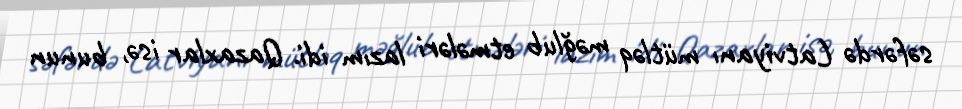
səfərdə Latviyanı mütləq məğlub etmələri lazım idi. Qazaxlar isə, bunun